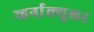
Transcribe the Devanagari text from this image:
व्हर्नाक्‍युलर